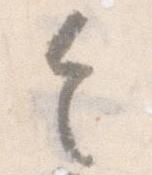
令